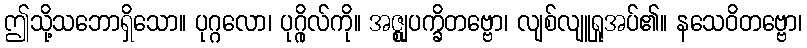
ဤသို့သဘောရှိသော။ ပုဂ္ဂလော၊ ပုဂ္ဂိုလ်ကို။ အဇ္ဈုပက္ခိတဗ္ဗော၊ လျစ်လျူရှုအပ်၏။ နသေဝိတဗ္ဗော၊